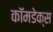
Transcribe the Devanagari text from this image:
कॉमडेक्स